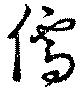
儒